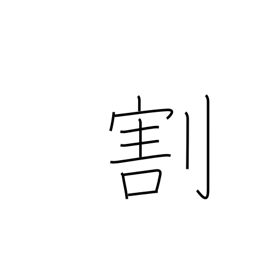
Meaning: separate